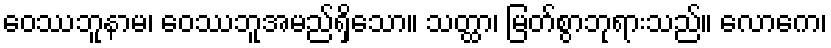
ဝေဿဘူနာမ၊ ဝေဿဘူအမည်ရှိသော။ သတ္ထာ၊ မြတ်စွာဘုရားသည်။ လောကေ၊